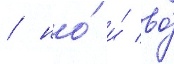
/ но́ и́ во́